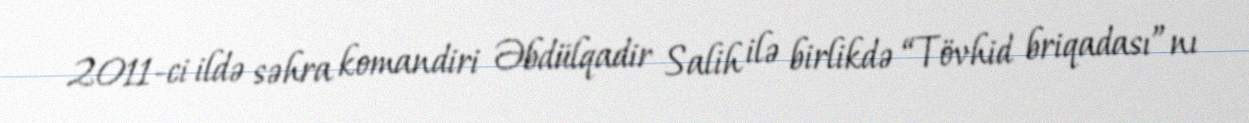
2011-ci ildə səhra komandiri Əbdülqadir Salih ilə birlikdə “Tövhid briqadası”nı